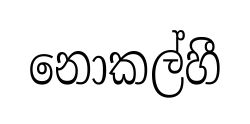
නොකල්හී